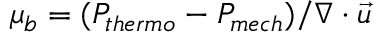
\mu _ { b } = ( P _ { t h e r m o } - P _ { m e c h } ) / { \nabla \cdot \vec { u } }